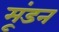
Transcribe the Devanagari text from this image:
मूंडन